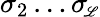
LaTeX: \sigma_{2}\ldots\sigma_{\scriptscriptstyle\! \mathscr{L}}